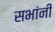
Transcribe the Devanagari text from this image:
सभांनी